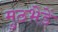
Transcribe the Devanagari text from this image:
मुठभ़ेडें